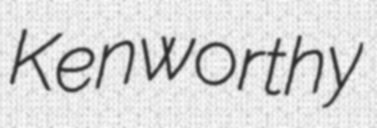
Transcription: Kenworthy